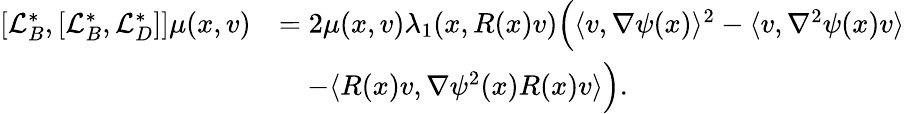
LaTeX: \begin{array}{rl}{[\mathcal{L}_{B}^{*},[\mathcal{L}_{B}^{*},\mathcal{L}_{D}^{*}]]\mu(x,v)}&{=2\mu(x,v)\lambda_{1}(x,R(x)v)\Big(\langle v,\nabla\psi(x)\rangle^{2}-\langle v,\nabla^{2}\psi(x)v\rangle}\\ &{\quad-\langle R(x)v,\nabla\psi^{2}(x)R(x)v\rangle\Big).}\end{array}